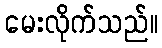
မေးလိုက်သည်။